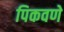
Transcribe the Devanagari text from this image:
पिकवणे